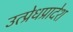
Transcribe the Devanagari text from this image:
उत्प्रेधप्रादेश